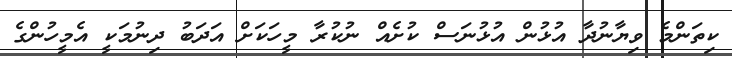
ކިތަންމެ ވިޔާނުދާ އުޅުން އުޅުނަސް ކުށެއް ނުކުރާ މީހަކަށް އަދަބު ދިނުމަކީ އެމީހުންގެ